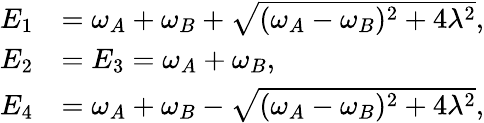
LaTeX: \begin{array}{rl}{E_{1}}&{=\omega_{A}+\omega_{B}+\sqrt{(\omega_{A}-\omega_{B})^{2}+4\lambda^{2}},}\\ {E_{2}}&{=E_{3}=\omega_{A}+\omega_{B},}\\ {E_{4}}&{=\omega_{A}+\omega_{B}-\sqrt{(\omega_{A}-\omega_{B})^{2}+4\lambda^{2}},}\end{array}